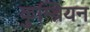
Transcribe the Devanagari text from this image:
कुम्ब्रियन